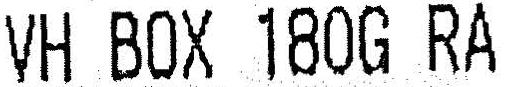
VH BOX 180G RA